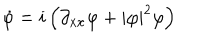
\dot { \varphi } = i \left( \partial _ { x x } \varphi + | \varphi | ^ { 2 } \varphi \right)